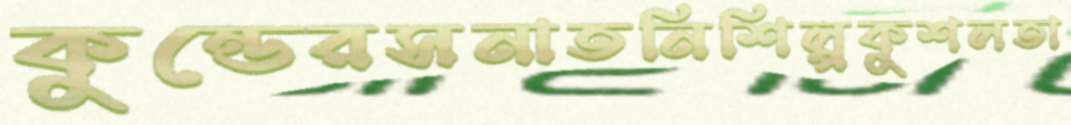
কুন্ডেরসনাতনিশিল্পকুশলতা